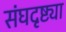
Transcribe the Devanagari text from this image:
संघदृष्ट्या